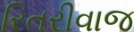
રિતરીવાજ